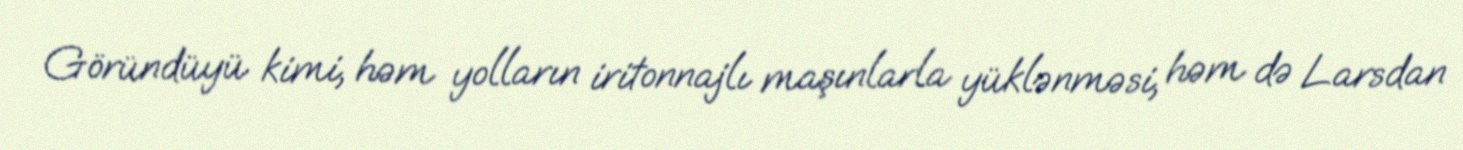
Göründüyü kimi, həm yolların iritonnajlı maşınlarla yüklənməsi, həm də Larsdan